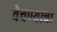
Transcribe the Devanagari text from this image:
वेचण्याचा